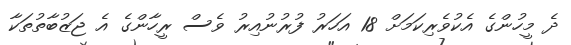
ދެ މީހުންގެ އެކުވެރިކަމަށް 18 އަހަރު ފުރުނުއިރު ވެސް ރީހާންގެ އެ ޖަޒުބާތުތަކާ